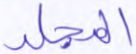
المجلد